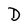
Character: D